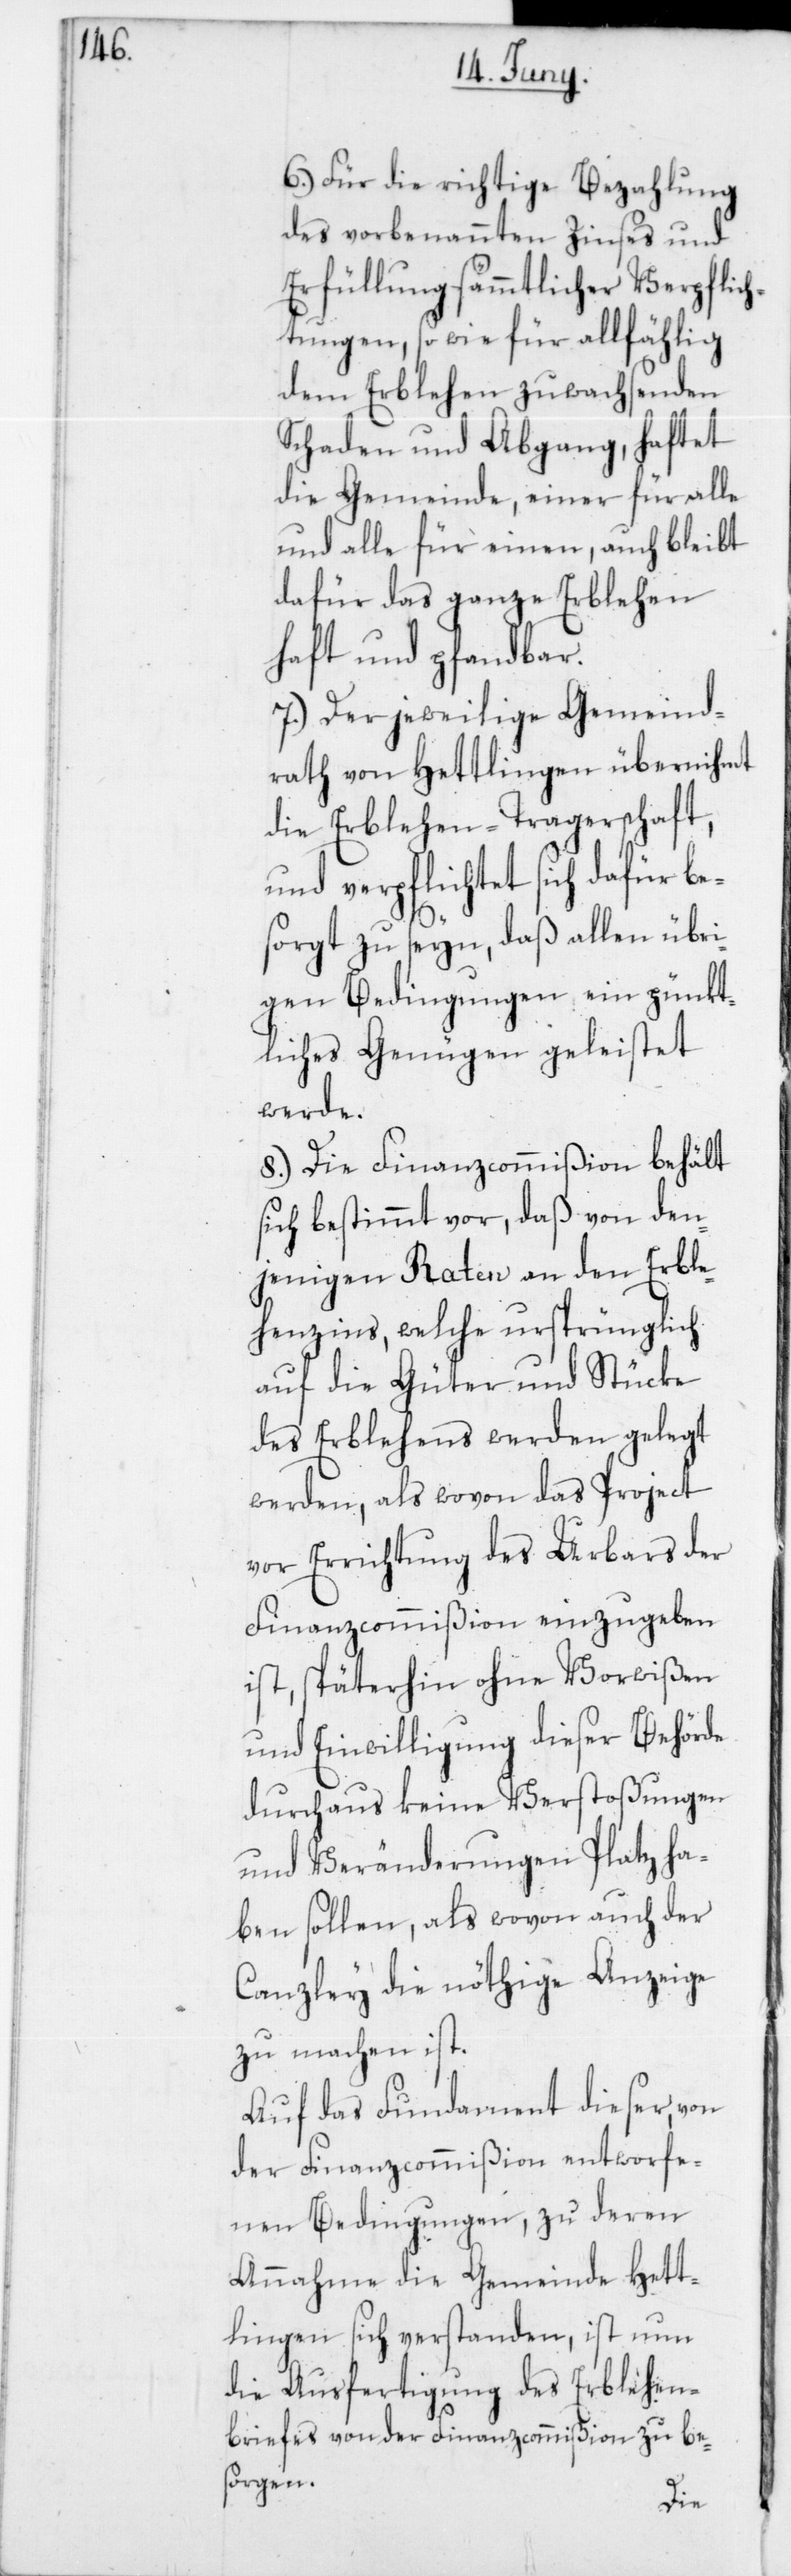
6. Für die richtige Bezahlung
des vorbenannten Zinses und
Erfüllung sämmtlicher Verpflich¬
tungen, so wie für allfählig
dem Erblehen zuwachsenden
Schaden und Abgang, haftet
die Gemeinde, einer für alle
und alle für einen, auch bleibt
dafür das ganze Erblehen
haft- und pfandbar.
7. Der jeweilige Gemeind¬
rath von Hettlingen übernihmt
die Erblehen-Tragerschaft,
und verpflichtet sich dafür be¬
sorgt zu seyn, daß allen übri¬
gen Bedingungen ein pünkt¬
liches Genügen geleistet
werde.
8. Die Finanzcommißion behält
sich bestimmt vor, daß von den¬
jenigen Raten an den Erble¬
henzins, welche ursprünglich
auf die Güter und Stücke
des Erblehens werden gelegt
werden, als wovon das Project
vor Errichtung des Urbars der
Finanzcommißion einzugeben
ist, späterhin ohne Vorwißen
und Einwilligung dieser Behörde
durchaus keine Verstoßungen
und Veränderungen Platz ha¬
ben sollen, als wovon auch der
Canzley die nöthige Anzeige
zu machen ist.
Auf das Fundament dieser, von
der Finanzcommißion entworfe¬
nen Bedingungen, zu deren
Annahme die Gemeinde Hett¬
lingen sich verstanden, ist nun
die Ausfertigung des Erblehen¬
briefes von der Finanzcommißion zu bes¬
orgen.